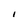
Character: I